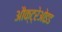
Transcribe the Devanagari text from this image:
औक्ट्रेओइड